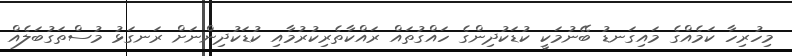
މިހުރިހާ ކަމެއްގެ މައިގަނޑު ބޭނުމަކީ ކުޑަކުދިންގެ ހައްގުތައް ރައްކާތެރިކުރުމާއި ކުޑަކުދިންނަށް ރަނގަޅު މުސްތަގުބަލެއް